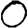
Digit: 0